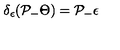
\delta _ { \epsilon } ( \mathcal { P } _ { - } \Theta ) = \mathcal { P } _ { - } \epsilon